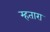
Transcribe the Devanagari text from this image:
म्हतारा